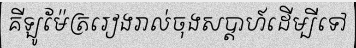
គីឡូម៉ែត្ររៀងរាល់ចុងសប្តាហ៍ដើម្បីទៅ